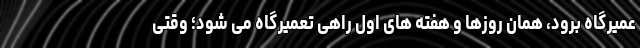
عمیرگاه برود، همان روزها و هفته های اول راهی تعمیرگاه می شود؛ وقتی